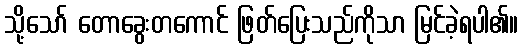
သို့သော် တောခွေးတကောင် ဖြတ်ပြေးသည်ကိုသာ မြင်ခဲ့ရပါ၏။